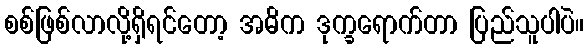
စစ်ဖြစ်လာလို့ရှိရင်တော့ အဓိက ဒုက္ခရောက်တာ ပြည်သူပါပဲ။